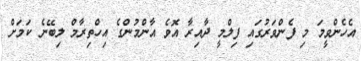
އެހެންވީމަ މި ފެންވަރުގައި ފިލްމީ ދާއިރާ އޮވެ އާންމުންގެ އިހްތިރާމް ލިބޭނެ ކަމަށް